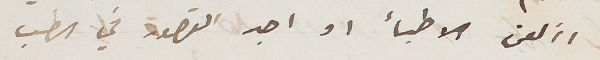
األعن الاطبأ او اجد القصور في الطب